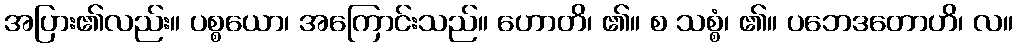
အပြား၏လည်း။ ပစ္စယော၊ အကြောင်းသည်။ ဟောတိ၊ ၏။ စ သစ္စံ၊ ၏။ ပဘေဒတောဟိ၊ လ။